Civil Veterinary Department. Madras. Admin. report 1926-33 - 1926-1933
Year: 1926
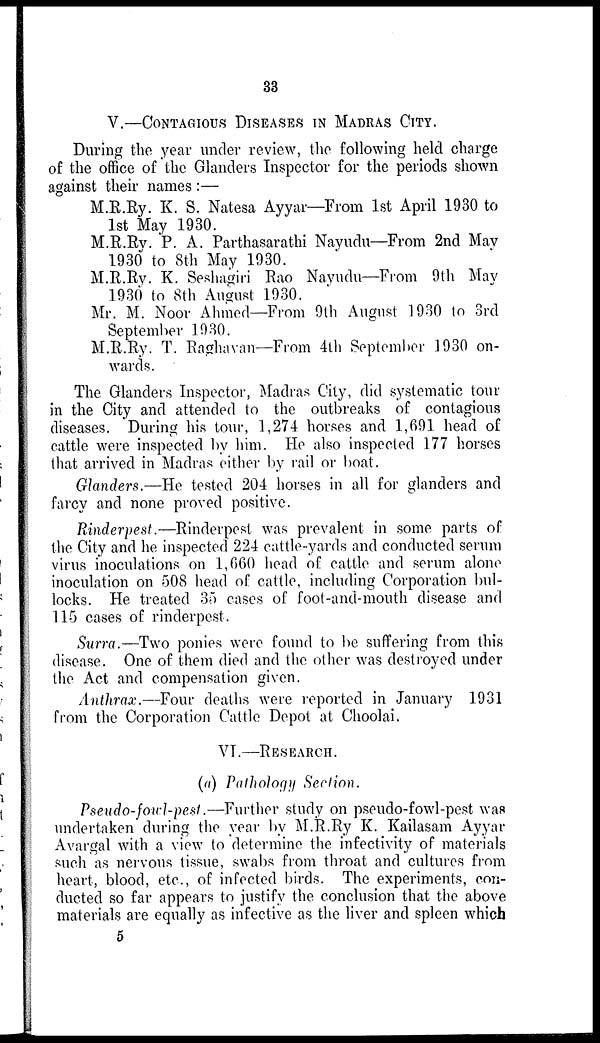
33
V.—CONTAGIOUS DISEASES IN MADRAS CITY.
During the year under review, the following held charge
of the office of the Glanders Inspector for the periods shown
against their names :—
M.R.Ry. K. S. Natesa Ayyar—From 1st April 1930 to
1st May 1930.
M.R.Ry. P. A. Parthasarathi Nayudu—From 2nd May
1930 to 8th May 1930.
M.R.Ry. K. Seshagiri Rao Nayudu—From 9th May
1930 to 8th August 1930.
Mr. M. Noor Ahmed—From 9th August 1930 to 3rd
September 1930.
M.R.Ry. T. Raghavan—From 4th September 1930 on-
wards.
The Glanders Inspector, Madras City, did systematic tour
in the City and attended to the outbreaks of contagious
diseases. During his tour, 1,274 horses and 1,691 head of
cattle were inspected by him. He also inspected 177 horses
that arrived in Madras either by rail or boat.
Glanders.—He tested 204 horses in all for glanders and
farcy and none proved positive.
Rinderpest.—Rinderpest was prevalent in some parts of
the City and he inspected 224 cattle-yards and conducted serum
virus inoculations on 1,660 head of cattle and serum alone
inoculation on 508 head of cattle, including Corporation bul-
locks. He treated 35 cases of foot-and-mouth disease and
115 cases of rinderpest.
Surra.—Two ponies were found to be suffering from this
disease. One of them died and the other was destroyed under
the Act and compensation given.
Anthrax.—Four deaths were reported in January 1931
from the Corporation Cattle Depot at Choolai.
VI.—RESEARCH.
(a) Pathology Section.
Pseudo-fowl-pest.—Further study on pseudo-fowl-pest was
undertaken during the year by M.R.Ry K. Kailasam Ayyar
Avargal with a view to determine the infectivity of materials
such as nervous tissue, swabs from throat and cultures from
heart, blood, etc., of infected birds. The experiments, con-
ducted so far appears to justify the conclusion that the above
materials are equally as infective as the liver and spleen which
5